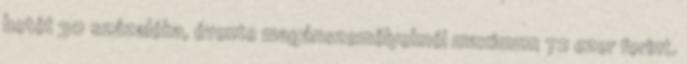
betét 30 százaléka, évente magánszemélyeknél maximum 72 ezer forint.